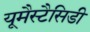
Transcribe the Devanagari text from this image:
यूमैस्टैसिडी